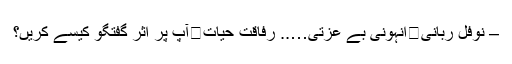
– نوفل ربانی	انہونی بے عزتی….. رفاقت حیات	آپ پُر اثر گفتگو کیسے کریں؟